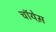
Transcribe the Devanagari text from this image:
चॉयेस़